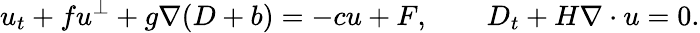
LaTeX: u_{t}+fu^{\perp}+g\nabla(D+b)=-cu+F,\qquad D_{t}+H\nabla\cdot u=0.